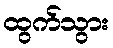
ထွက်သွား